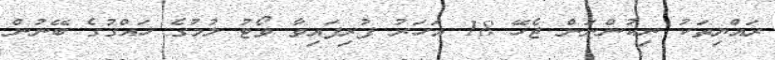
ރައްޔިތަކު ނިކުންނަން ޖެހޭ 18 އަހަރު ފުރިފައިވާ ވޯޓު ލުމުގެ ހައްގުގެ ބޭނުން